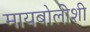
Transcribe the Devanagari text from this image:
मायबोलीशी